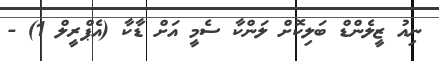
ނިއު ޒީލެންޑް ބަލިކޮށް ލަންކާ ސެމީ އަށް ޑާކާ (އެޕްރީލް 1) -